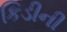
કિડીની